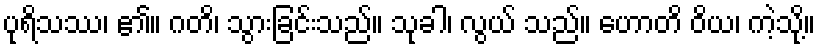
ပုရိသဿ၊ ၏။ ဂတိ၊ သွားခြင်းသည်။ သုခါ၊ လွယ် သည်။ ဟောတိ ဝိယ၊ ကဲ့သို့။